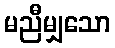
မညီမျှသော